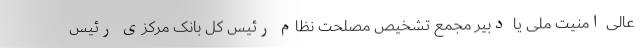
عالی امنیت ملی یا دبیر مجمع تشخیص مصلحت نظام رئیس کل بانک مرکزی رئیس